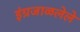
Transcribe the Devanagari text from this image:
इंग्रजाळलेले